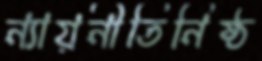
ন্যায়নীতিনিষ্ঠ